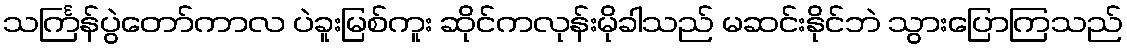
သင်္ကြန်ပွဲတော်ကာလ ပဲခူးမြစ်ကူး ဆိုင်ကလုန်းမိုခါသည် မဆင်းနိုင်ဘဲ သွားပြောကြသည်